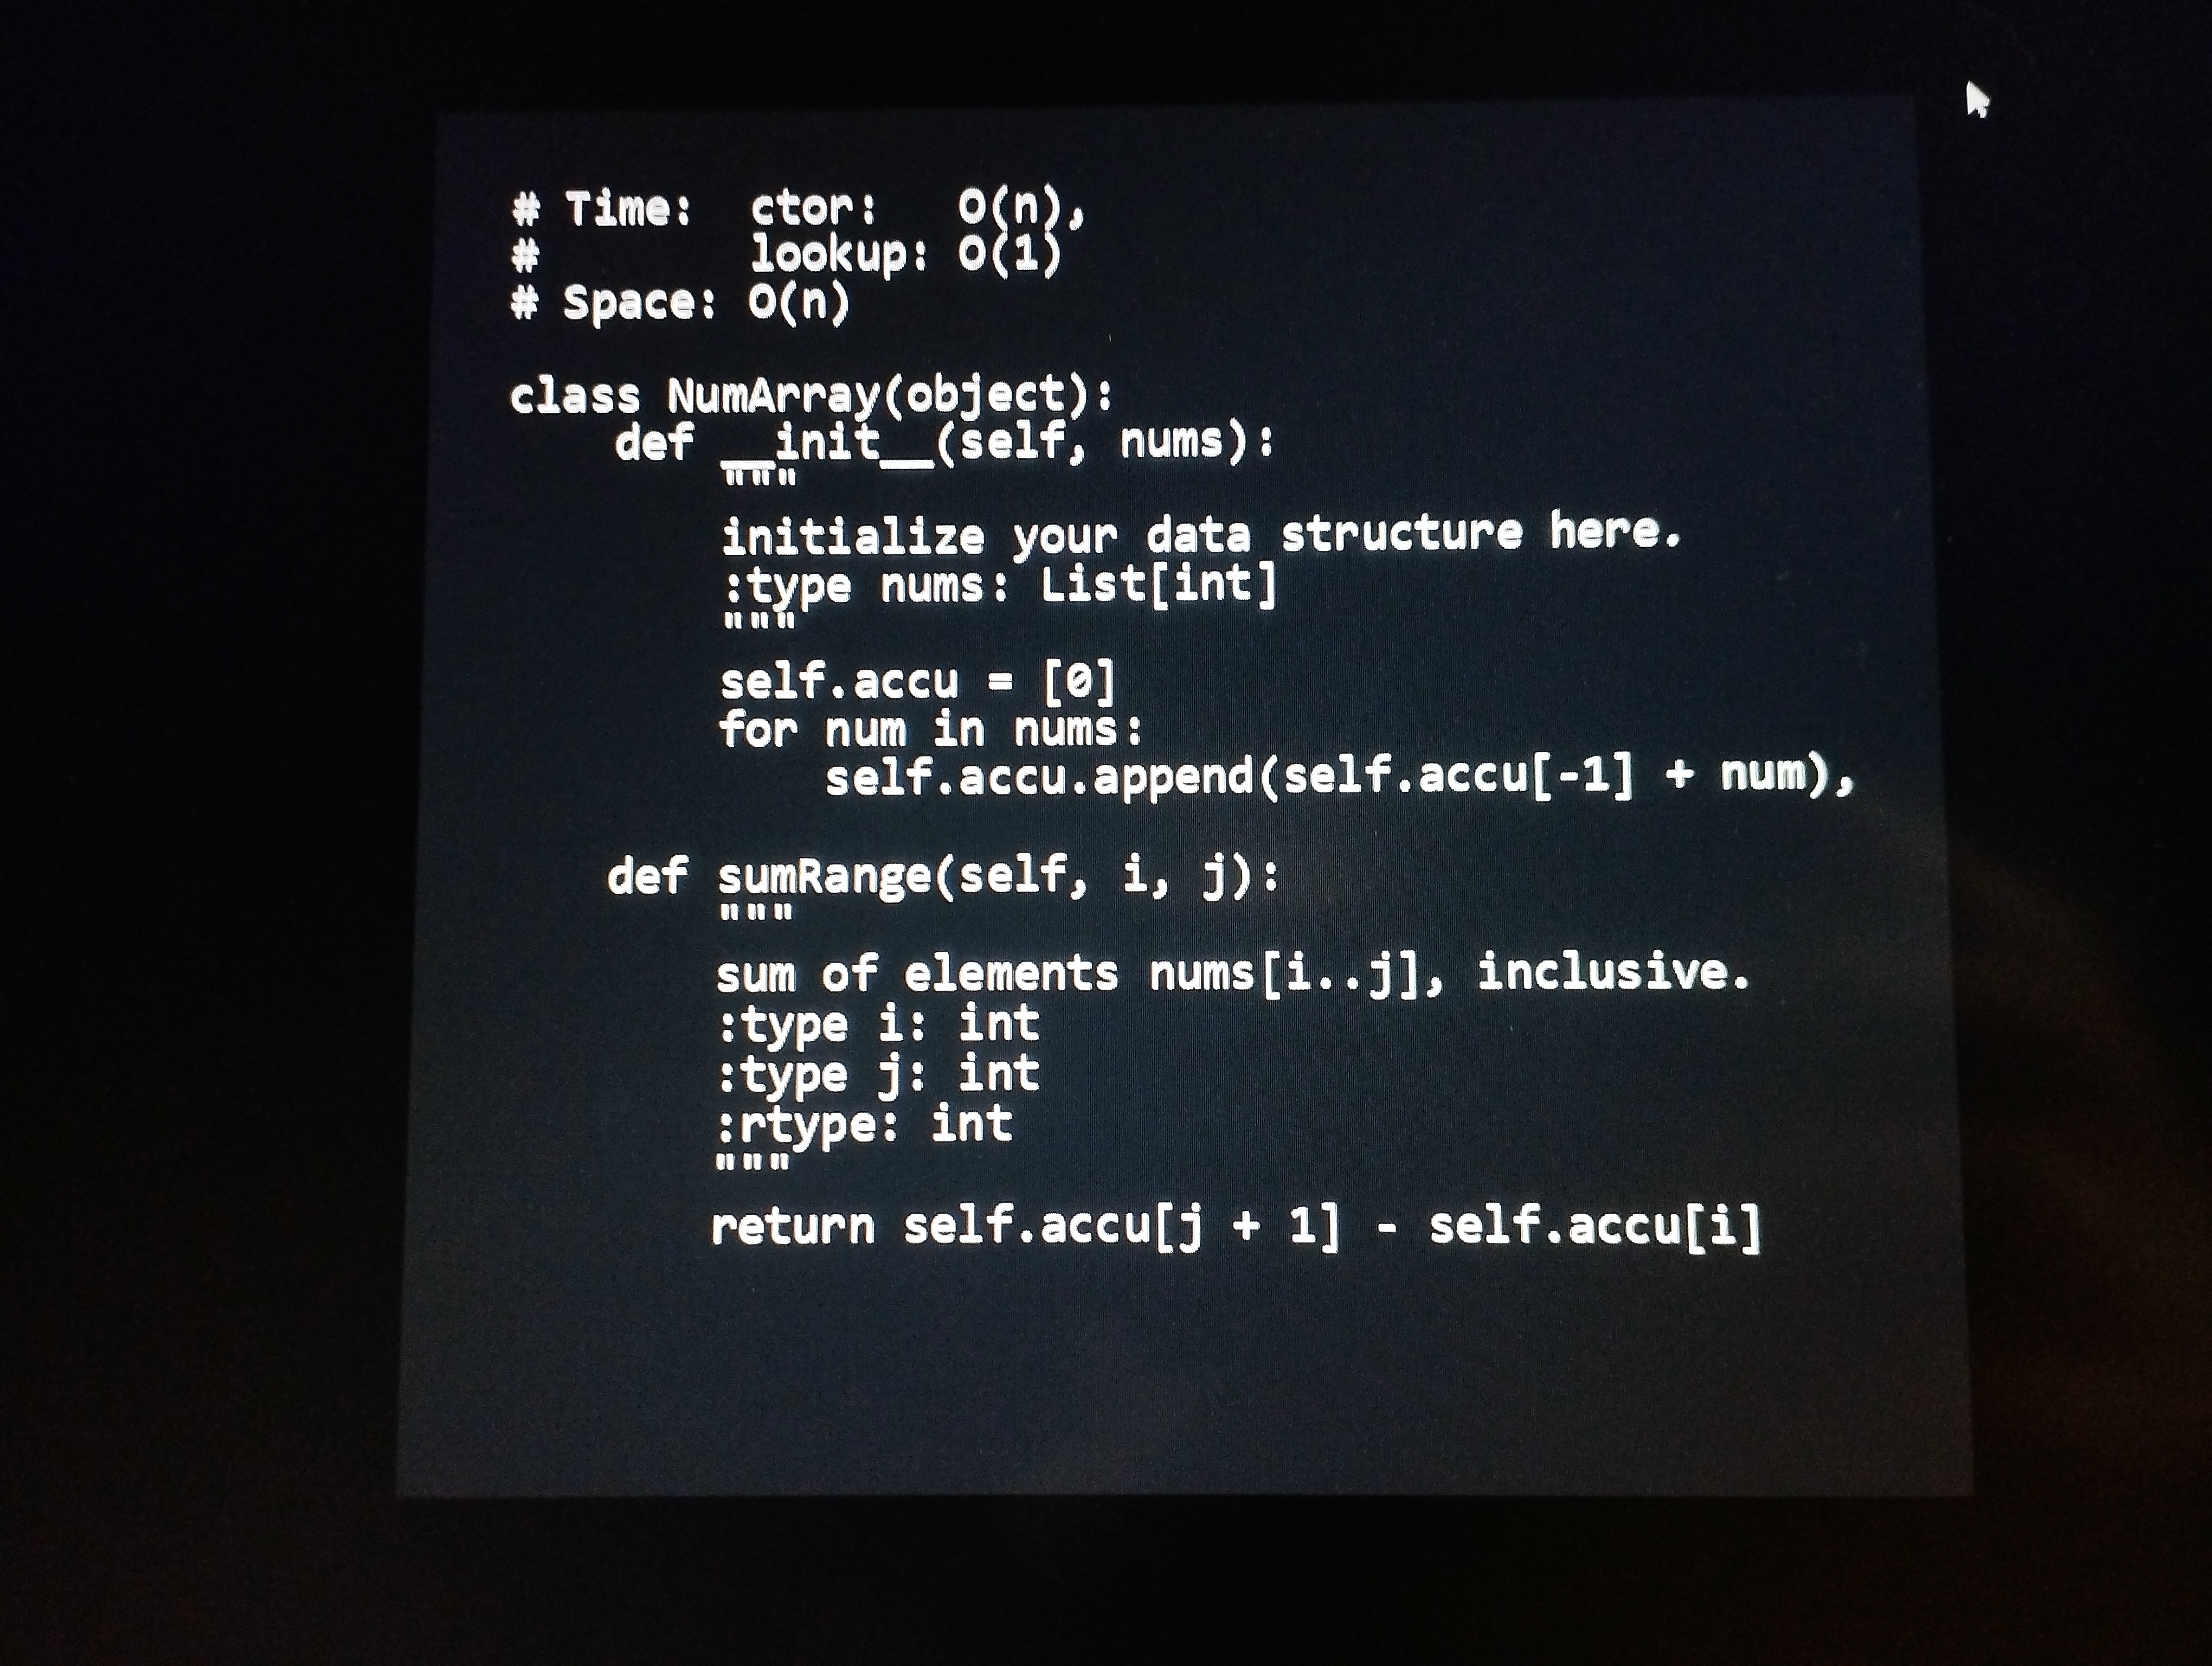
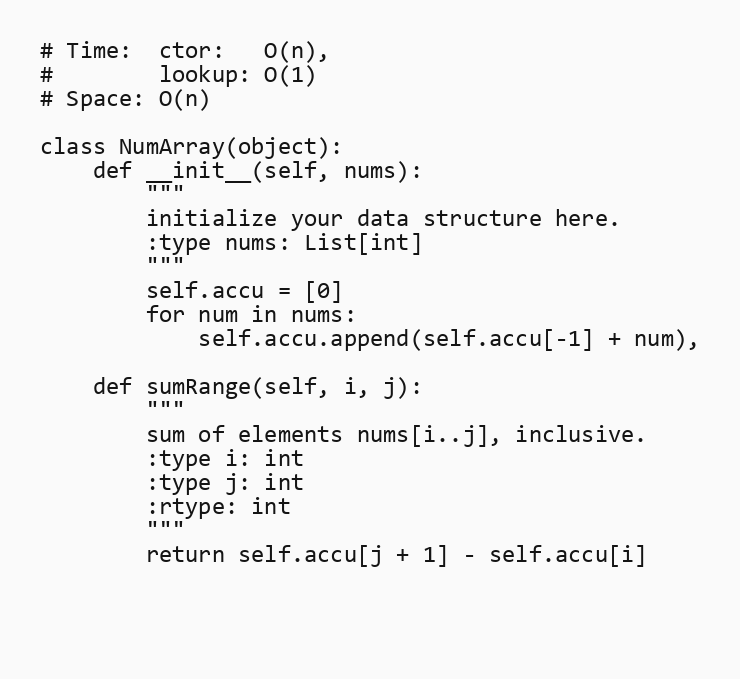
# Time:  ctor:   O(n),
#        lookup: O(1)
# Space: O(n)

class NumArray(object):
    def __init__(self, nums):
        """
        initialize your data structure here.
        :type nums: List[int]
        """
        self.accu = [0]
        for num in nums:
            self.accu.append(self.accu[-1] + num),

    def sumRange(self, i, j):
        """
        sum of elements nums[i..j], inclusive.
        :type i: int
        :type j: int
        :rtype: int
        """
        return self.accu[j + 1] - self.accu[i]